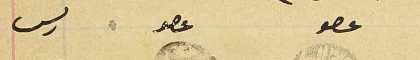
عصو               عصو                           ريس